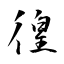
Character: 徨